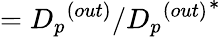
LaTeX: ={D_{p}}^{(out)}/{{D_{p}}^{(out)}}^{*}